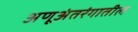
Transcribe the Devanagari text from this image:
अणूअंतरंगातील